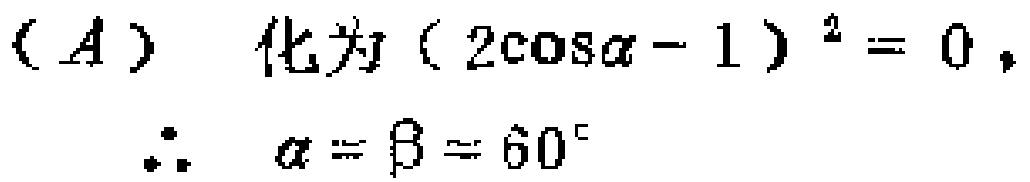
$(A)\ 化为(2\cos\alpha - 1)^2 = 0,\\
\therefore\ \alpha=\beta = 60^{\circ}$